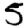
Digit: 5